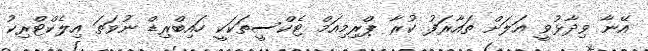
އޭނާ ވިދާޅުވީ އަލަށް ތައާރަފު ކުރާ ޕްރިމިއަމް ޓެކްސީތަކަކީ ހައިބްރިޑް ނުވަތަ އިލެކްޓްރިކު